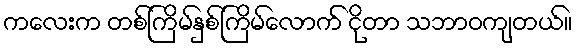
ကလေးက တစ်ကြိမ်နှစ်ကြိမ်လောက် ငိုတာ သဘာဝကျတယ်။